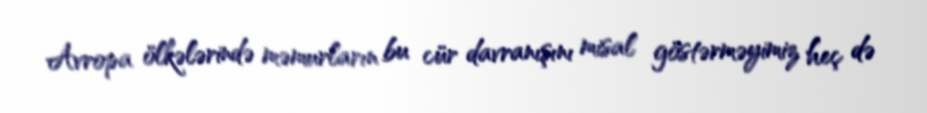
Avropa ölkələrində məmurların bu cür davranışını misal göstərməyimiz heç də